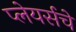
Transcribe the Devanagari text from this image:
प्लेयर्सचे